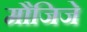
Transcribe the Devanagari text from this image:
मौजिजे